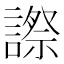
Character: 𧫕